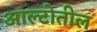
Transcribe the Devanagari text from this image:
आल्टोतील